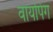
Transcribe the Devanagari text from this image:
वायपिंग